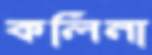
কলিনা